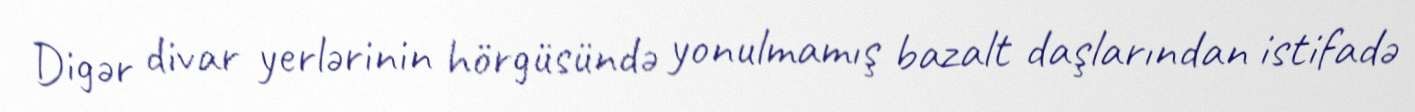
Digər divar yerlərinin hörgüsündə yonulmamış bazalt daşlarından istifadə